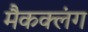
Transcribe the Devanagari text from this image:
मैकक्लंग